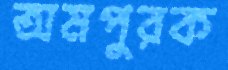
অমপুরক